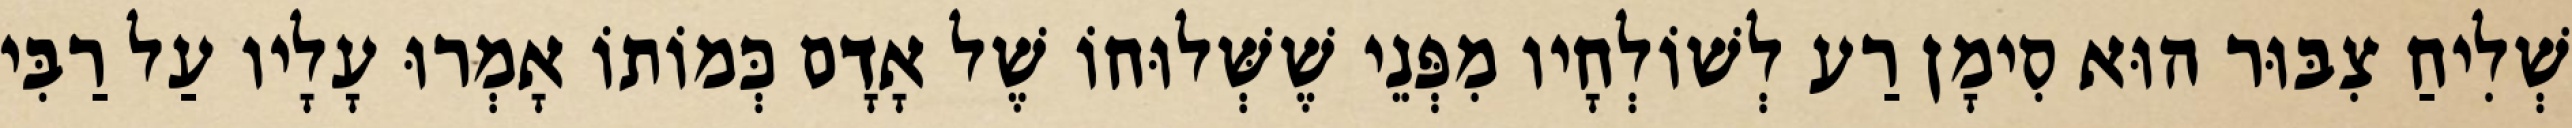
שְׁלִיחַ צִבּוּר הוּא סִימָן רַע לְשׁוֹלְחָיו מִפְּנֵי שֶׁשְּׁלוּחוֹ שֶׁל אָדָם כְּמוֹתוֹ אָמְרוּ עָלָיו עַל רַבִּי